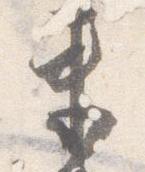
束